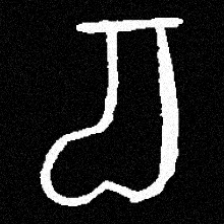
Pyu character \u2014 Myanmar letter: စ (romanized: ca)